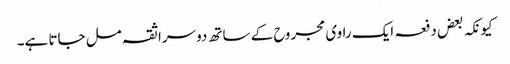
کیونکہ بعض دفعہ ایک راوی مجروح کے ساتھ دوسرا ثقہ مل جاتا ہے۔